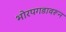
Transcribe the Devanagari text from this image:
भोरपगडावरून